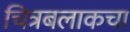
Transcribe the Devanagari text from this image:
चित्रबलाकचा